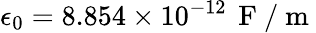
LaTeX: \epsilon_{0}=8.854\times 10^{-12}\, \mathrm{~F~/~m~}